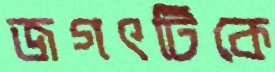
জগৎটিকে